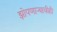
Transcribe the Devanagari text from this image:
झोपणाऱ्याचीही